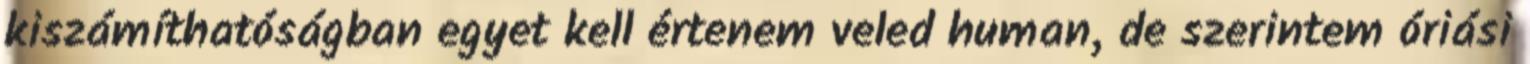
kiszámíthatóságban egyet kell értenem veled human, de szerintem óriási